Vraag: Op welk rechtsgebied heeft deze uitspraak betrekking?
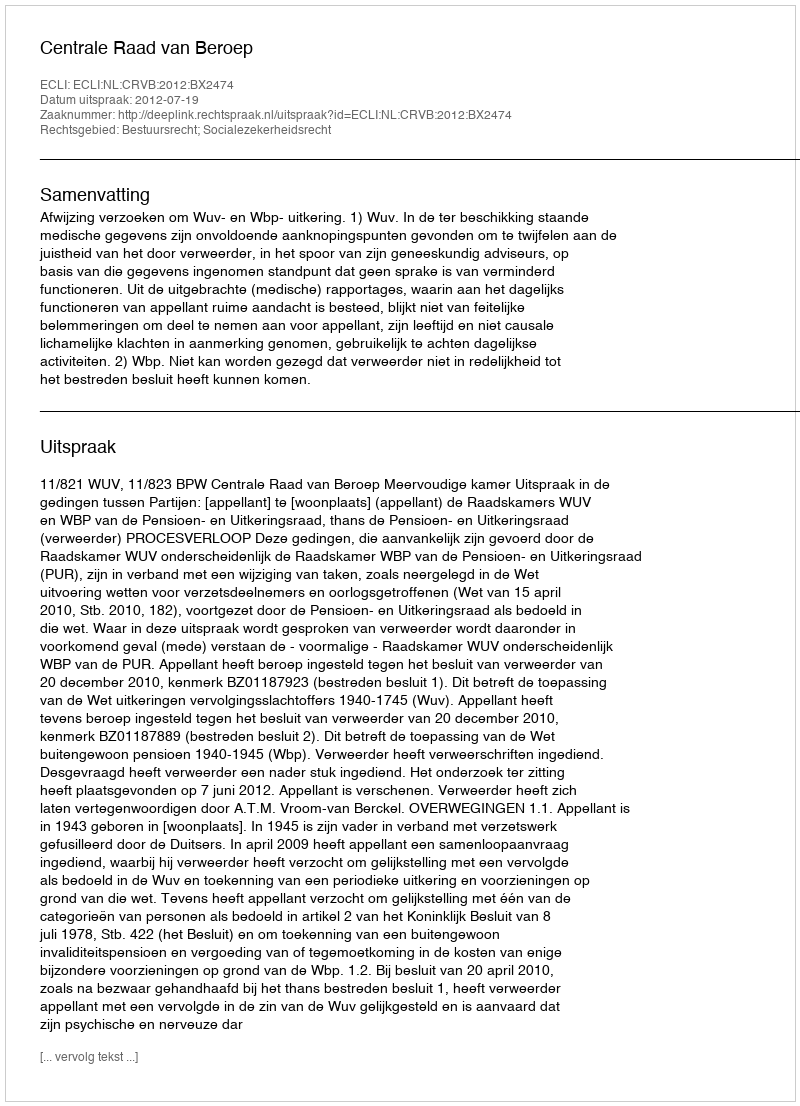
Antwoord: Bestuursrecht; Socialezekerheidsrecht